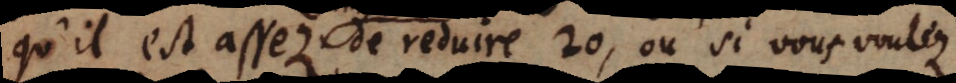
qu’il est assez de reduire 20, ou si vous voulez